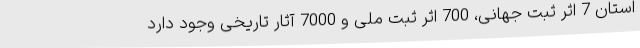
استان 7 اثر ثبت جهانی، 700 اثر ثبت ملی و 7000 آثار تاریخی وجود دارد